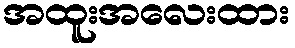
အထူးအလေးထား